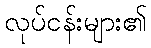
လုပ်ငန်းများ၏